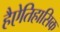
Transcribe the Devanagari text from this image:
हैऐतिहासिक